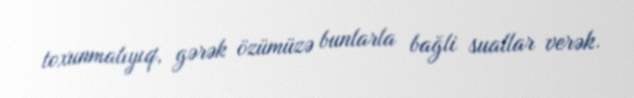
toxunmalıyıq, gərək özümüzə bunlarla bağli suallar verək.